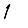
Digit: 1